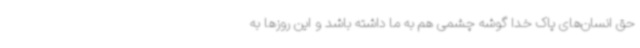
حق انسان‌های پاک خدا گوشه چشمی هم به ما داشته باشد و این روزها به